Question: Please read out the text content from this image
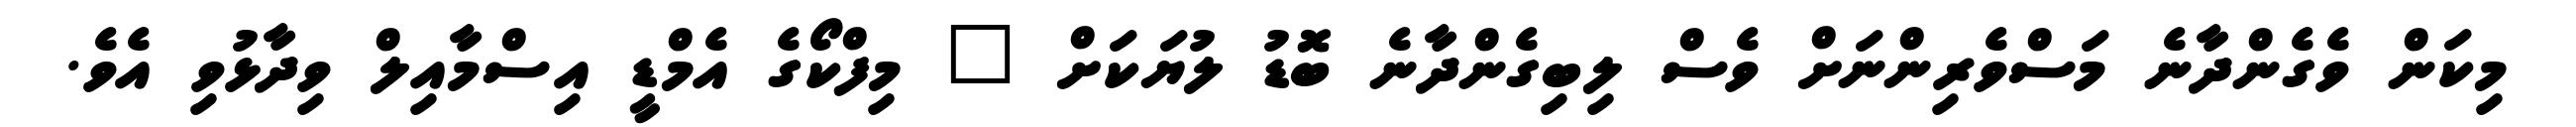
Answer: މިކަން ވެގެންދާނެ މަސްވެރިންނަށް ވެސް ލިބިގެންދާނެ ބޮޑު ލުޔަކަށް " މިފްކޯގެ އެމްޑީ އިސްމާއިލް ވިދާޅުވި އެވެ.